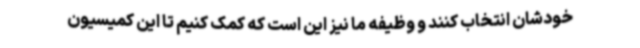
خودشان انتخاب کنند و وظیفه ما نیز این است که کمک کنیم تا این کمیسیون